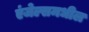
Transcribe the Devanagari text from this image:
एंजेल्समधील